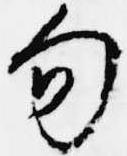
句